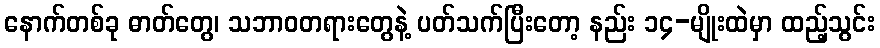
နောက်တစ်ခု ဓာတ်တွေ၊ သဘာဝတရားတွေနဲ့ ပတ်သက်ပြီးတော့ နည်း ၁၄-မျိုးထဲမှာ ထည့်သွင်း